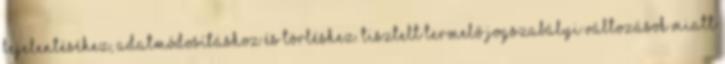
bejelentéséhez, adatmódosításhoz és törléshez. Tisztelt Termelő Jogszabályi változások miatt